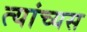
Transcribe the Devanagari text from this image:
त्यांच्यस